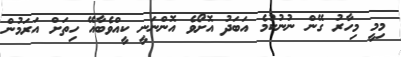
މިމީ މިހާރު ގޭން ނުނުކުމެ އަބަދު އޮށޯވެ އޮންނަނީ ކީއްވެބާއޭ ހިތަށް އަރަމުން